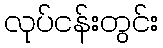
လုပ်ငန်းတွင်း